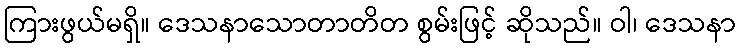
ကြားဖွယ်မရှိ။ ဒေသနာသောတာတိတ စွမ်းဖြင့် ဆိုသည်။ ဝါ၊ ဒေသနာ